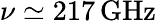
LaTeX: \nu\simeq 217\, \mathrm{GHz}